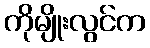
ကိုမျိုးလွင်က